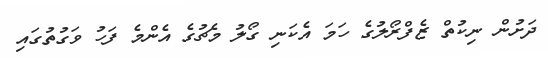
ދަށުން ނިކުތް ޒެފްރޯލުގެ ހަމަ އެކަނި ގޯލު މެޗުގެ އެންމެ ފަހު ވަގުތުގައި